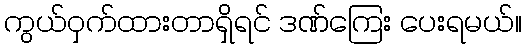
ကွယ်ဝှက်ထားတာရှိရင် ဒဏ်ကြေး ပေးရမယ်။